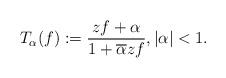
LaTeX: \begin{align*} T_\alpha(f) := \frac{zf+\alpha}{1+\overline{\alpha}zf}, |\alpha|<1.\end{align*}